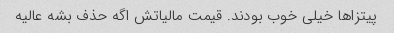
پیتزاها خیلی خوب بودند. قیمت مالیاتش اگه حذف بشه عالیه